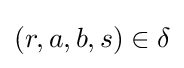
(r,a,b,s)\in \delta